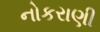
નોકરાણી